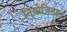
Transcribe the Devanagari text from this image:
नियोजितह।